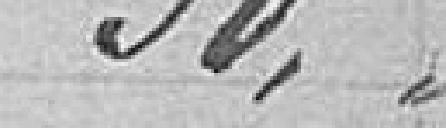
30